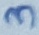
Text: 3